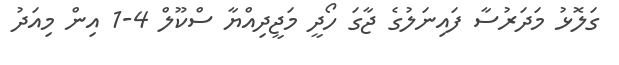
ގަލޮޅު މަދަރުސާ ފައިނަލުގެ ޖާގަ ހޯދީ މަޖީދިއްޔާ ސްކޫލް 4-1 އިން މިއަދު